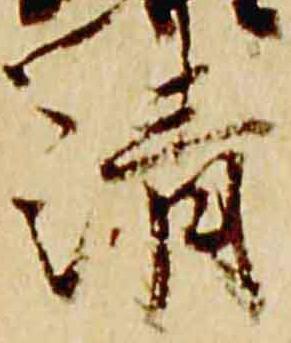
清